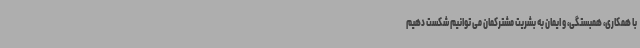
با همکاری، همبستگی، و ایمان به بشریت مشترکمان می توانیم شکست دهیم